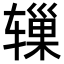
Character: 𬨓